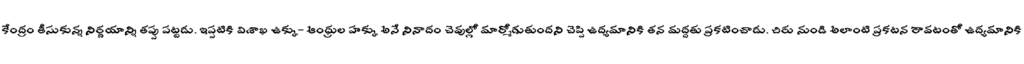
కేంద్రం తీసుకున్న నిర్ణయాన్ని తప్పు పట్టడు. ఇప్పటికి విశాఖ ఉక్కు- ఆంధ్రుల హక్కు అనే నినాదం చెవుల్లో మార్మోగుతుందని చెప్పి ఉద్యమానికి తన మద్దతు ప్రకటించాడు. చిరు నుండి అలాంటి ప్రకటన రావటంతో ఉద్యమానికి